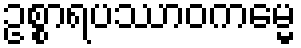
ဥစ္စာရပဿာဝကမ္မေ